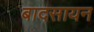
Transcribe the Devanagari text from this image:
बादसायन